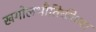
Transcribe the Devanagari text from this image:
खगोलभौतिकीच्या